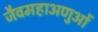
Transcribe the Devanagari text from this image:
जैवमहाअणुओं